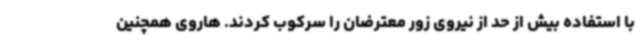
با استفاده بیش از حد از نیروی زور معترضان را سرکوب کردند. هاروی همچنین